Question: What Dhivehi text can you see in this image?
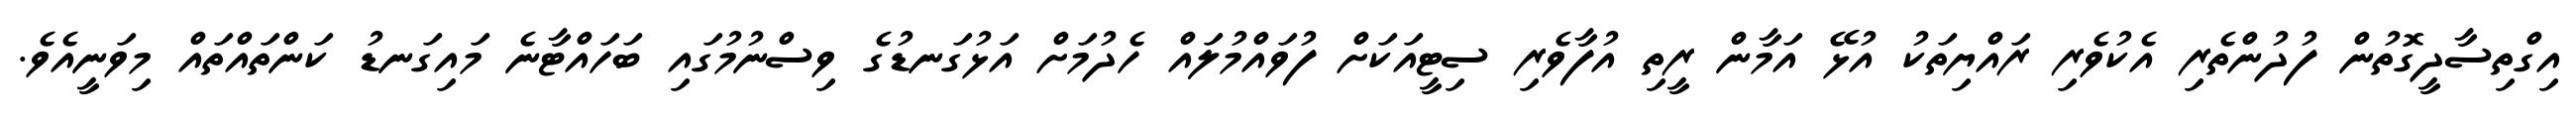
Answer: އިގްތިސާދީގޮތުން ފުދުންތެރި އެކުވެރި ރައްޔިތަކު އުޅޭ އަމާން ރީތި އުފާވެރި ސިޓީއަކަށް ފުވައްމުލައް ހެދުމަށް އަޅުގަނޑުގެ ވިސްނުމުގައި ބަހައްޓާނެ މައިގަނޑު ކަންތައްތައް މިވަނީއެވެ.